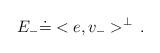
LaTeX: \begin{align*}E_-\dot =<e,v_->^\perp\,.\end{align*}